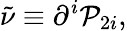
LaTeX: \tilde{\nu}\equiv\partial^{i}{\cal P}_{2i},